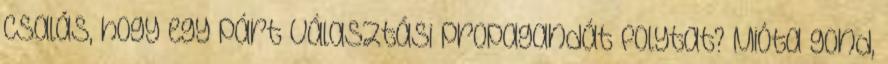
csalás, hogy egy párt választási propagandát folytat? Mióta gond,